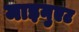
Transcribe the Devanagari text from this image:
माइनुएट